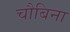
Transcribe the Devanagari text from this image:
चौबिना